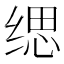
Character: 缌